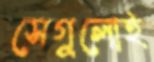
সেগুলোই